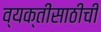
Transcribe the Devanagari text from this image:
व्यक्तींसाठीची